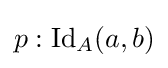
p:\mathrm {Id} _{A}(a,b)